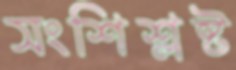
সংশিশ্লষ্ট